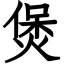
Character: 煲